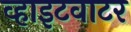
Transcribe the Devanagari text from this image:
व्हाइटवाटर